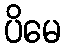
ပိမေ